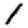
Digit: 1